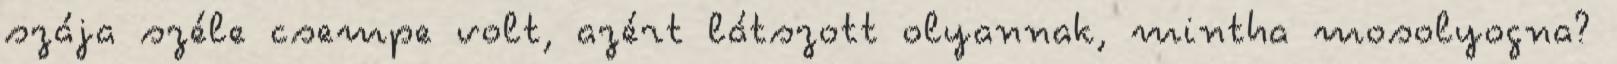
szája széle csempe volt, azért látszott olyannak, mintha mosolyogna?